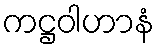
ကဋ္ဌဝါဟာနံ